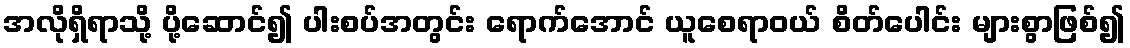
အလိုရှိရာသို့ ပို့ဆောင်၍ ပါးစပ်အတွင်း ရောက်အောင် ယူစေရာဝယ် စိတ်ပေါင်း များစွာဖြစ်၍